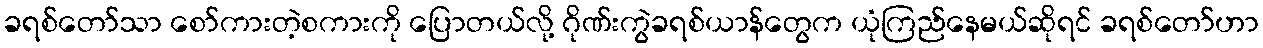
ခရစ်တော်သာ စော်ကားတဲ့စကားကို ပြောတယ်လို့ ဂိုဏ်းကွဲခရစ်ယာန်တွေက ယုံကြည်နေမယ်ဆိုရင် ခရစ်တော်ဟာ